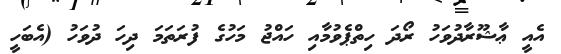
އެއީ ޢާޝޫރާދުވަހު ރޯދަ ހިތްޕެވުމާއި ހައްޖު މަހުގެ ފުރަތަމަ ދިހަ ދުވަހު (އެބަހީ